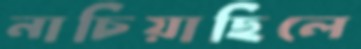
নাচিয়াছিলে